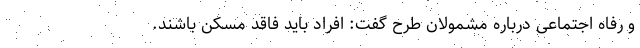
و رفاه اجتماعی درباره مشمولان طرح گفت: افراد باید فاقد مسکن باشند.